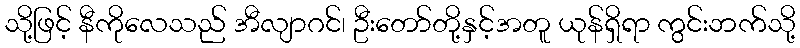
သို့ဖြင့် နီကိုလေသည် အီလျာဂင်၊ ဦးတော်တို့နှင့်အတူ ယုန်ရှိရာ ကွင်းဘက်သို့